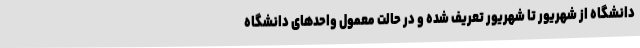
دانشگاه از شهریور تا شهریور تعریف شده و در حالت معمول واحدهای دانشگاه